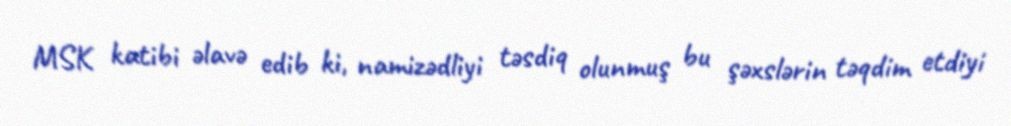
MSK katibi əlavə edib ki, namizədliyi təsdiq olunmuş bu şəxslərin təqdim etdiyi